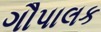
ગૌપાલક